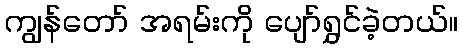
ကျွန်တော် အရမ်းကို ပျော်ရွှင်ခဲ့တယ်။